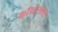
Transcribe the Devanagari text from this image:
काँग्रेससह